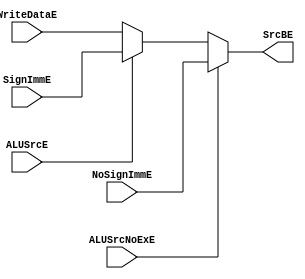
`timescale 1ns / 1ps

module MUXB2 #(parameter WIDTH=32)
   (
    input [WIDTH-1:0]  WriteDataE,
    input [WIDTH-1:0]  SignImmE,
    input [WIDTH-1:0]  NoSignImmE,
    input 	       ALUSrcE,
    input 	       ALUSrcNoExE,
    output [WIDTH-1:0] SrcBE
    );
   
   assign SrcBE = (ALUSrcNoExE)?NoSignImmE:(ALUSrcE)?SignImmE:WriteDataE;
   
endmodule // MUXB2